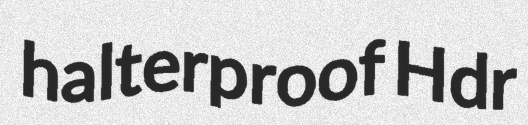
halterproof Hdr